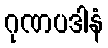
ဂုဏပဒါနံ